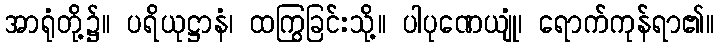
အာရုံတို့၌။ ပရိယုဋ္ဌာနံ၊ ထကြွခြင်းသို့။ ပါပုဏေယျုံ၊ ရောက်ကုန်ရာ၏။